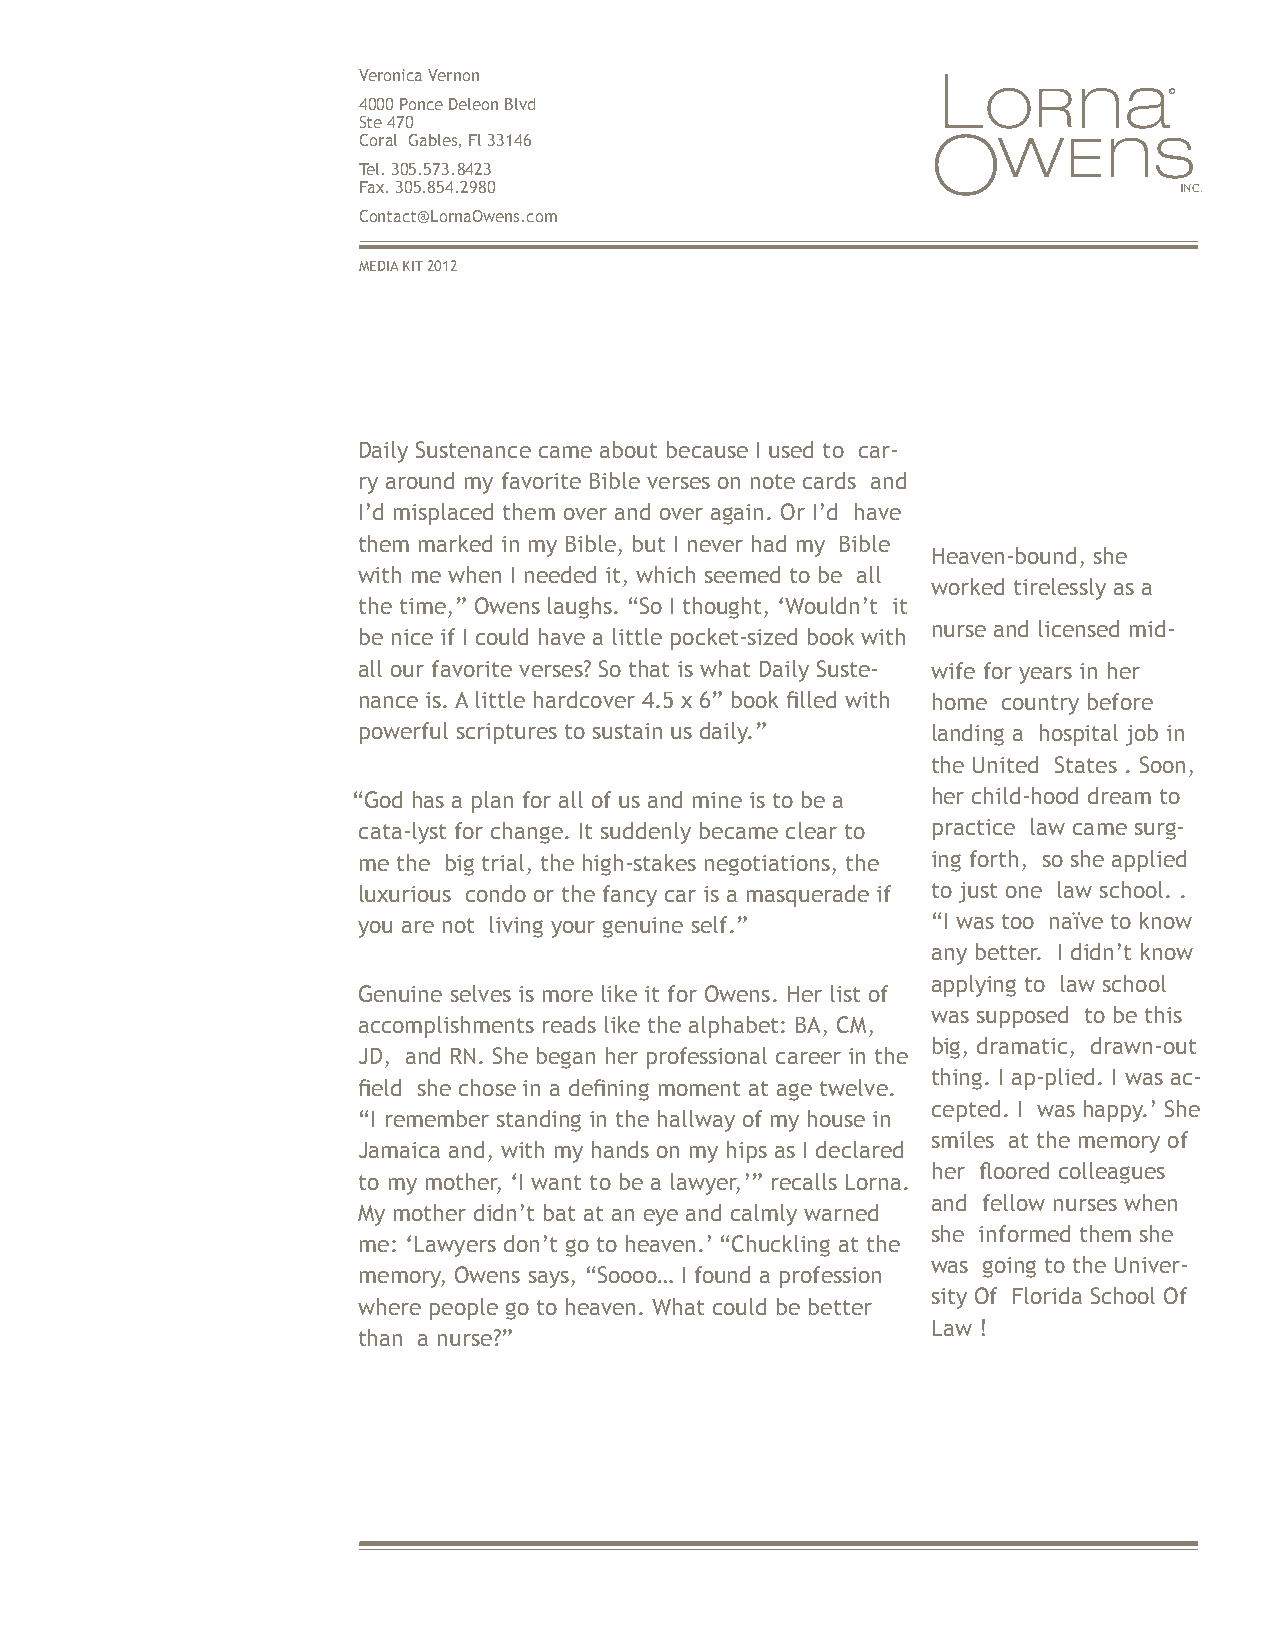
Veronica Vernon
 ©
 4000 Ponce Deleon Blvd
 Ste 470
 Coral Gables, Fl 33146
 Tel. 305.573.8423
 Fax. 305.854.2980                                     INC.
 Contact@LornaOwens.com
 MEDIA KIT 2012
 Daily Sustenance came about because I used to car-
 ry around my favorite Bible verses on note cards and
 I’d misplaced them over and over again. Or I’d have
 them marked in my Bible, but I never had my Bible
 Heaven-bound, she
 with me when I needed it, which seemed to be all
 worked tirelessly as a
 the time,” Owens laughs. “So I thought, ‘Wouldn’t it
 nurse and licensed mid-
 be nice if I could have a little pocket-sized book with
 all our favorite verses? So that is what Daily Suste- wife for years in her
 nance is. A little hardcover 4.5 x 6” book filled with home country before
 powerful scriptures to sustain us daily.” landing a hospital job in
 the United States . Soon,
 “God has a plan for all of us and mine is to be a her child-hood dream to
 cata-lyst for change. It suddenly became clear to practice law came surg-
 me the big trial, the high-stakes negotiations, the ing forth, so she applied
 luxurious condo or the fancy car is a masquerade if to just one law school. .
 you are not living your genuine self.” “I was too naïve to know
 any better. I didn’t know
 applying to law school
 Genuine selves is more like it for Owens. Her list of
 was supposed to be this
 accomplishments reads like the alphabet: BA, CM,
 big, dramatic, drawn-out
 JD, and RN. She began her professional career in the
 thing. I ap-plied. I was ac-
 field she chose in a defining moment at age twelve.
 cepted. I was happy.’ She
 “I remember standing in the hallway of my house in
 smiles at the memory of
 Jamaica and, with my hands on my hips as I declared
 her floored colleagues
 to my mother, ‘I want to be a lawyer,’” recalls Lorna.
 and fellow nurses when
 My mother didn’t bat at an eye and calmly warned
 she informed them she
 me: ‘Lawyers don’t go to heaven.’ “Chuckling at the
 was going to the Univer-
 memory, Owens says, “Soooo… I found a profession
 sity Of Florida School Of
 where people go to heaven. What could be better
 Law !
 than a nurse?”